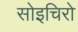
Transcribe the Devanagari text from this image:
सोइचिरो